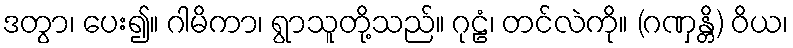
ဒတွာ၊ ပေး၍။ ဂါမိကာ၊ ရွာသူတို့သည်။ ဂုဠံ၊ တင်လဲကို။ (ဂဏှန္တိ) ဝိယ၊